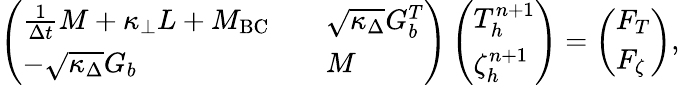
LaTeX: \left(\begin{array}{lll}{\frac{1}{\Delta t}M+\kappa_{\perp}L+M_{\mathrm{BC}}}&&{\sqrt{\kappa_{\Delta}}G_{b}^{T}}\\ {-\sqrt{\kappa_{\Delta}}G_{b}}&&{M}\end{array}\right)\left(\begin{array}{l}{T_{h}^{n+1}}\\ {\zeta_{h}^{n+1}}\end{array}\right)=\left(\begin{array}{l}{F_{T}}\\ {F_{\zeta}}\end{array}\right),